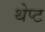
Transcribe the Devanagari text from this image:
थेप्ट